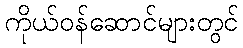
ကိုယ်ဝန်ဆောင်များတွင်